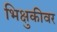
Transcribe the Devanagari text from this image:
भिक्षुकीवर